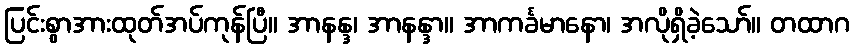
ပြင်းစွာအားထုတ်အပ်ကုန်ပြီ။ အာနန္ဒ၊ အာနန္ဒာ။ အာကင်္ခမာနော၊ အလိုရှိခဲ့သော်။ တထာဂ